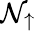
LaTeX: \mathcal{N}_{\uparrow}